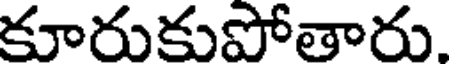
కూరుకుపోతారు.